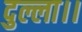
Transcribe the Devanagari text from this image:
दुल्ला।।